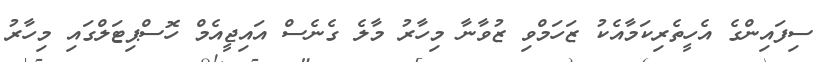
ސިފައިންގެ އެހީތެެރިކަމާއެކު ޒަހަމްވި ޒުވާނާ މިހާރު މާލެ ގެނެސް އައިޖީއެމް ހޮސްޕިޓަލްގައި މިހާރު